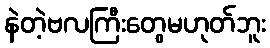
နဲတဲ့ဗလကြီးတွေမဟုတ်ဘူး